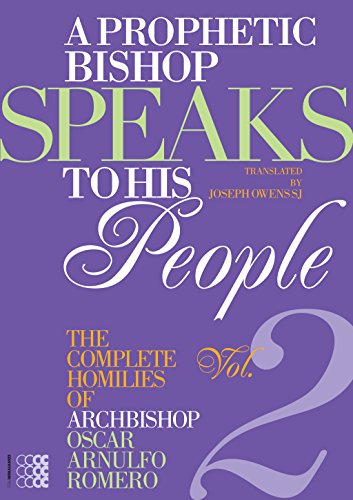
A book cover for A Prophetic Bishop Speaks to His People: The Complete Homilies of Archbishop Oscar Arnulfo Romero - VOLUME 2; Oscar Arnulfo Romero; Christian Books & Bibles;